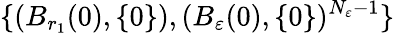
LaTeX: \{ (B_{r_{1}}(0),\{ 0\} ),(B_{\varepsilon}(0),\{ 0\} )^{N_{\varepsilon}-1}\}